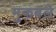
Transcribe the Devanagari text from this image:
मुकबले